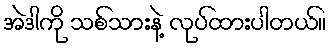
အဲဒါကို သစ်သားနဲ့ လုပ်ထားပါတယ်။